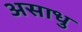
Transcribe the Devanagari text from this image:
असाधु